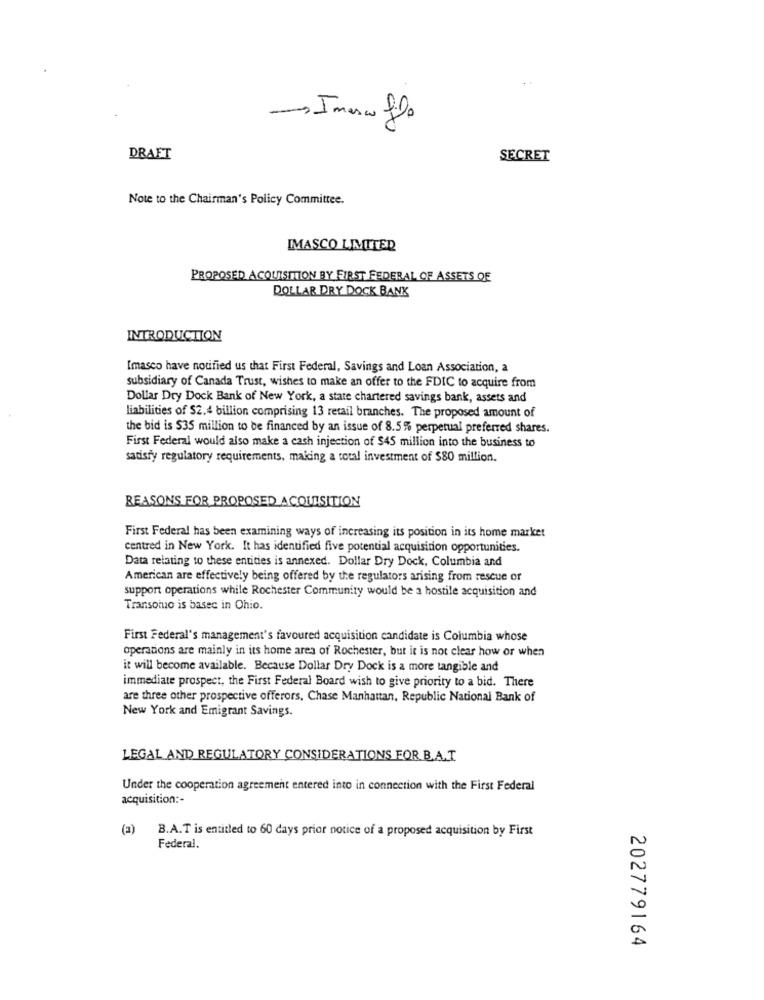
-Imera filo
DRAFT
SECRET
Note to the Chairman's Policy Committee.
IMASCO LIMITED
PROPOSED ACQUISITION BY FIRST FEDERAL OF ASSETS OF
DOLLAR DRY DOCK BANK
INTRODUCTION
[masco have notified us that First Federal, Savings and Loan Association, a
subsidiary of Canada Trust, wishes to make an offer to the FDIC to acquire from
Dollar Dry Dock Bank of New York, a state chartered savings bank, assets and
liabilities of $2.4 billion comprising 13 retail branches. The proposed amount of
the bid is $35 million to be financed by an issue of 8.5% perpetual preferred shares.
First Federal would also make a cash injection of $45 million into the business to
satisfy regulatory requirements, making a total investment of $80 million.
REASONS FOR PROPOSED ACQUISITION
First Federal has been examining ways of increasing its position in its home market
centred in New York. It has identified five potential acquisition opportunities.
Data relating to these entities is annexed. Dollar Dry Dock, Columbia and
American are effectively being offered by the regulators arising from rescue of
support operations while Rochester Community would be a hostile acquisition and
Transomo is based in Ohio.
First Federal's management's favoured acquisition candidate is Columbia whose
operations are mainly in its home area of Rochester, but it is not clear how or when
it will become available. Because Dollar Dry Dock is a more tangible and
immediate prospect, the First Federal Board wish to give priority to a bid. There
are three other prospective offerors, Chase Manhattan, Republic National Bank of
New York and Emigrant Savings.
LEGAL AND REGULATORY CONSIDERATIONS FOR B.A.T
Under the cooperation agreement entered into in connection with the First Federal
acquisition :-
(a)
B.A.T is entitled to 60 days prior notice of a proposed acquisition by First
Federal.
202779164